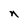
Character: n